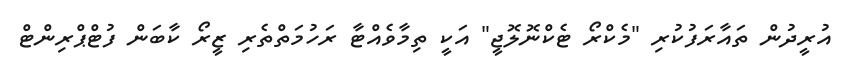
އުރީދުން ތައާރަފުކުރި "މެކްރޯ ޓެކްނޮލޮޖީ" އަކީ ތިމާވެއްޓާ ރަހުމަތްތެރި ޒީރޯ ކާބަން ފުޓްޕްރިންޓް